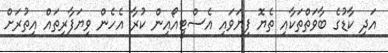
އަދި ކާޑުގެ ބާވަތްތަކާއި ތެޔޮ ފިޔަވައި އެސްޓީއޯއިން ކުރާ އެހެން ވިޔަފާރިތައް އިތުރަށް